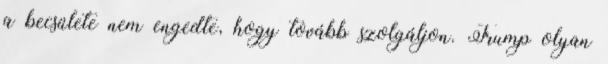
a becsülete nem engedte, hogy tovább szolgáljon. Trump olyan